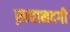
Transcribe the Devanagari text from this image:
ख़वानदगी